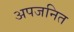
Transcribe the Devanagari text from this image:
अपजनित